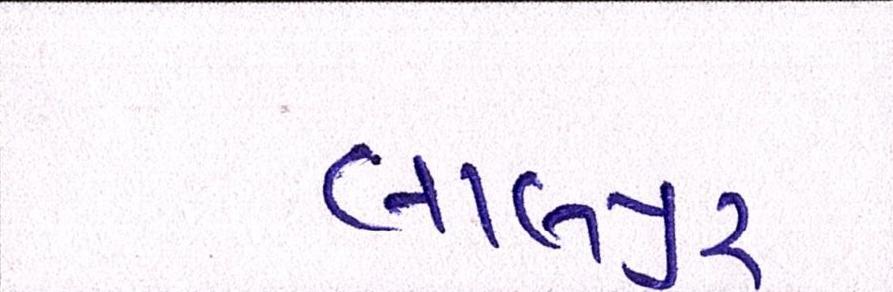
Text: લાલપુર